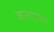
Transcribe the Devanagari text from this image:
कानातल्या